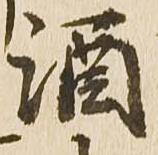
酒